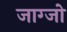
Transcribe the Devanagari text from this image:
जाग्जो